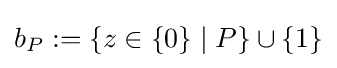
b_{P}:=\{z\in \{0\}\mid P\}\cup \{1\}